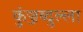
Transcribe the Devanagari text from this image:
कुंञ्जब्दुल्ला